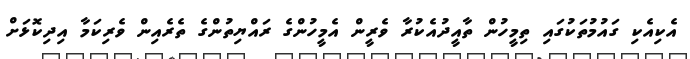
އެކިއެކި ގައުމުތަކުގައި ތިމީހުން ތާއީދުއެކުރާ ވެރީން އެމީހުންގެ ރައްޔިތުންގެ ތެރެއިން ވެރިކަމާ އިދިކޮޅަށް